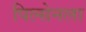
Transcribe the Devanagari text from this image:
पिल्सेनला